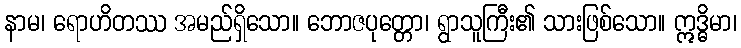
နာမ၊ ရောဟိတဿ အမည်ရှိသော။ ဘောဇပုတ္တော၊ ရွာသူကြီး၏ သားဖြစ်သော။ ဣဒ္ဓိမာ၊